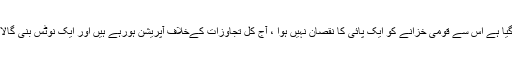
انہوں نے کہا کہ جس کیس میں شہباز شریف کوگرفتار کیا گیا ہے اس سے قومی خزانے کو ایک پائی کا نقصان نہیں ہوا ، آج کل تجاوزات کےخلاف آپریشن ہورہے ہیں اور ایک نوٹس بنی گالا میں بھی موصول ہواہے اور آپ نے اس کووصول نہیں کیا۔